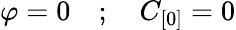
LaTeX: \varphi=0\quad;\quad C_{[0]}=0